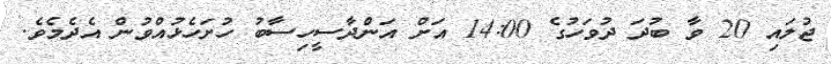
ޖުލައި 20 ވާ ބުދަ ދުވަހުގެ 14:00 އަށް އަންދާސީހިސާބު ހުށަހެޅުއްވުން އެދެމެވެ.